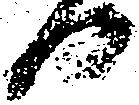
日